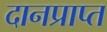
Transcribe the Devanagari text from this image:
दानप्राप्त